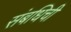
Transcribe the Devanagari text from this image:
संबधिची